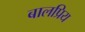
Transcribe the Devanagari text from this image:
बालप्रिय